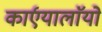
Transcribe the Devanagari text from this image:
कार्एयालाॅयो